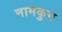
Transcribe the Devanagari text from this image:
नामकुम